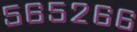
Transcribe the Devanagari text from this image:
५६५२६६